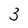
Character: 3